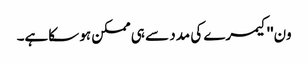
ون''کیمرے کی مدد سے ہی ممکن ہو سکاہے۔